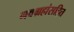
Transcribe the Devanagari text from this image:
नवग्रहांसहित